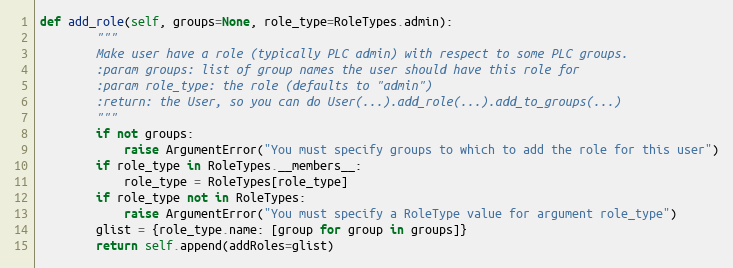
Language: Python
def add_role(self, groups=None, role_type=RoleTypes.admin):
        """
        Make user have a role (typically PLC admin) with respect to some PLC groups.
        :param groups: list of group names the user should have this role for
        :param role_type: the role (defaults to "admin")
        :return: the User, so you can do User(...).add_role(...).add_to_groups(...)
        """
        if not groups:
            raise ArgumentError("You must specify groups to which to add the role for this user")
        if role_type in RoleTypes.__members__:
            role_type = RoleTypes[role_type]
        if role_type not in RoleTypes:
            raise ArgumentError("You must specify a RoleType value for argument role_type")
        glist = {role_type.name: [group for group in groups]}
        return self.append(addRoles=glist)